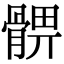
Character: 𩩚